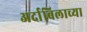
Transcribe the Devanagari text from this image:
अर्दाबिलाच्या